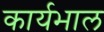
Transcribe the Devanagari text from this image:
कार्यभाल